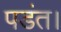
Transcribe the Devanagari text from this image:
पडंत।